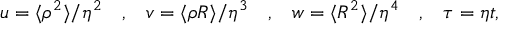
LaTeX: \begin{array} { c c c c c c c } { { u = \langle \rho ^ { 2 } \rangle / \eta ^ { 2 } } } & { { , } } & { { v = \langle \rho R \rangle / \eta ^ { 3 } } } & { { , } } & { { w = \langle R ^ { 2 } \rangle / \eta ^ { 4 } } } & { { , } } & { { \tau = \eta t , } } \end{array}